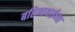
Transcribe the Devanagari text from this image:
बहिणाबाईच्‍या